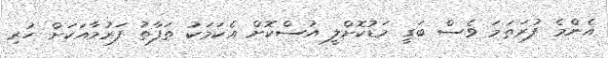
އެންމެ ފުރަތަމަ ވެސް ބަގީ މަޑުކޮށްލީ އުސްކޮށް އެކަމަކު ތަފާތު ފަރުމާއަކަށް ހުރި